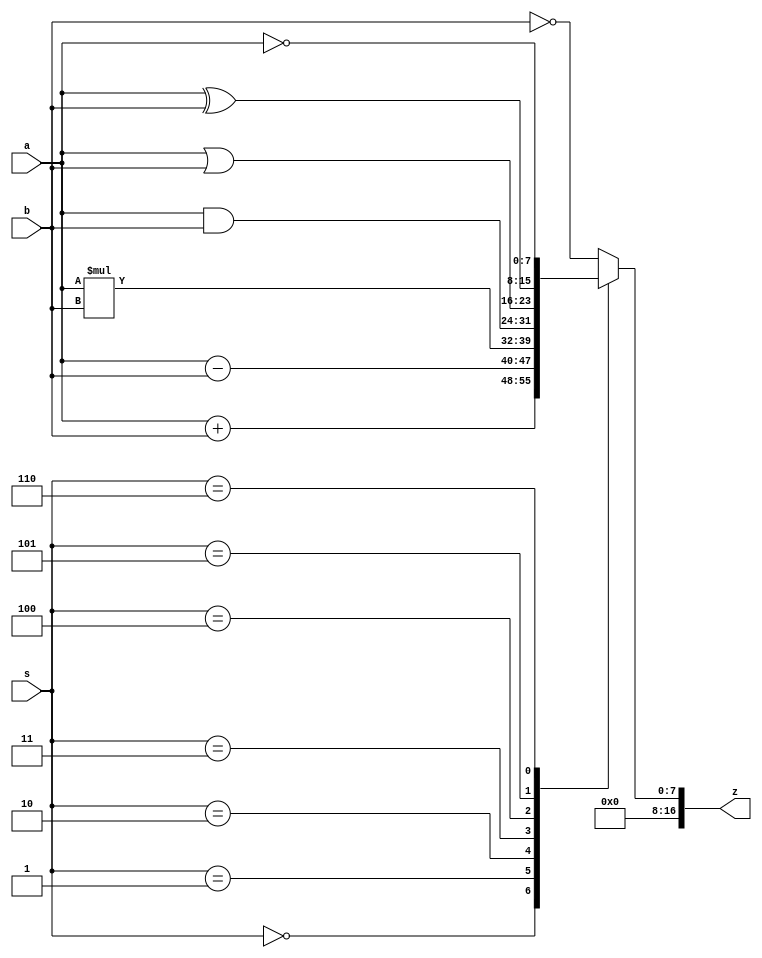
//Modulo
module ALU (a,b,s,z);

//Puertos
//Sentido reg? tamao nombre
input 			[7:0]	 a,b;
input 			[3:0]	 s;
output 	 reg	[16:0]		 z;

//Alambres								//and  or	xor
			wire 	[7:0]	sum,res,mult,log1,log2,log3,negA,negB;
			
assign sum=a+b;
assign res=a-b;
assign mult=a*b;
assign log1=a&b;
assign log2=a|b;
assign log3=a^b;
assign negA=~a;
assign negB=~b;

always@(s)
begin
	case(s)
		0:	
			z=sum;
		1:
			z=res;
		2:
			z=mult;
		3:
			z=log1;
		4:
			z=log2;
		5:
			z=log3;
		6:
			z=negA;
		default 
			z=negB;
	endcase

end

endmodule